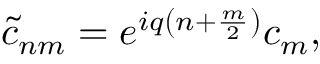
\tilde { c } _ { n m } = e ^ { i q \left( n + \frac { m } { 2 } \right) } c _ { m } ,